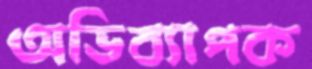
অভিব্যাপক